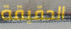
الحقيقة